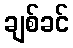
ချစ်ခင်